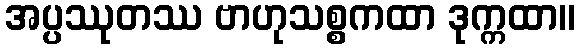
အပ္ပဿုတဿ ဗာဟုသစ္စကထာ ဒုက္ကထာ။